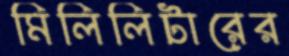
মিলিলিটারের